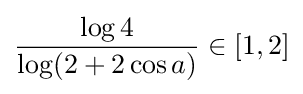
{\frac {\log 4}{\log(2+2\cos a)}}\in [1,2]